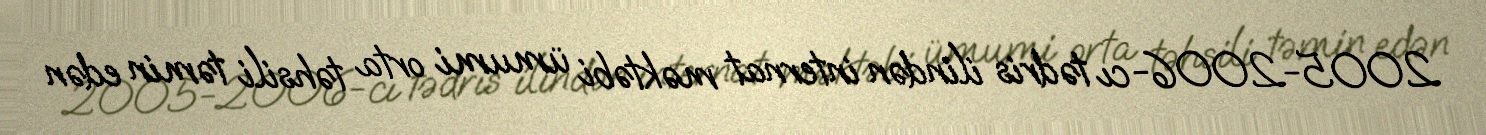
2005-2006-cı tədris ilindən internat məktəbi ümumi orta təhsili təmin edən